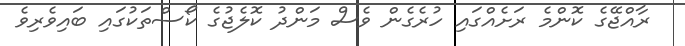
ރާއްޖޭގެ ކޮންމެ ރަށެއްގައި ހުރެގެން ވެސް މަންދު ކޮލެޖުގެ ކޯސްތަކުގައި ބައިވެރިވެ